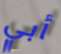
أبي